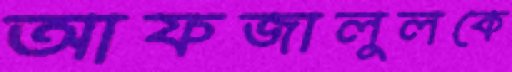
আফজালুলকে